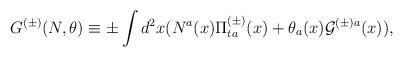
LaTeX: \begin{align*}G^{(\pm)}(N,\theta)\equiv\pm\int d^{2}x(N^{a}(x)\Pi_{ta}^{(\pm)}(x)+\theta_{a}(x){\cal G}^{(\pm)a}(x)),\end{align*}